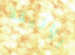
الأنيقة